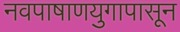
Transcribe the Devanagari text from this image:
नवपाषाणयुगापासून